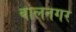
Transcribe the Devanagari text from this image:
बालनगर